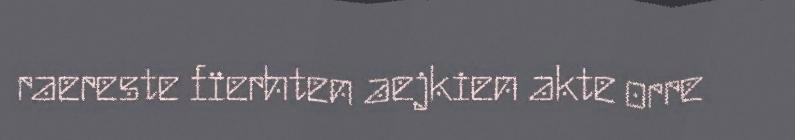
raereste fïerhten aejkien akte orre